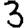
Digit: 3